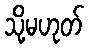
သို့မဟုတ်